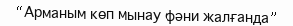
“Арманым көп мынау фәни жалғанда”